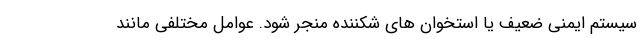
سیستم ایمنی ضعیف یا استخوان های شکننده منجر شود. عوامل مختلفی مانند